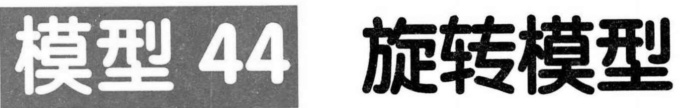
模型 44  旋转模型